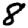
Digit: 8